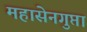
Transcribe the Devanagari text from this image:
महासेनगुप्ता